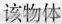
该物体